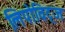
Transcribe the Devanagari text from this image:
लिपोविट्ज